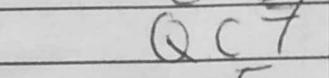
Transcription: Qc7